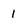
Character: 1